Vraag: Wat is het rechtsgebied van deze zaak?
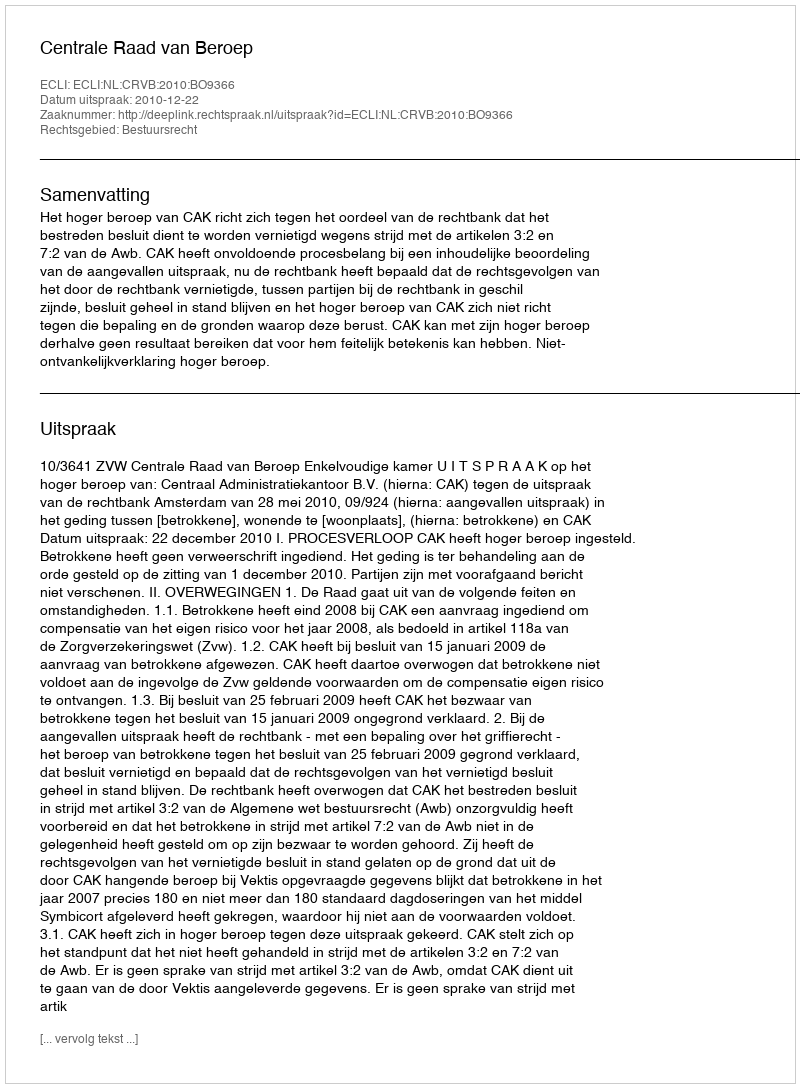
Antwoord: Bestuursrecht